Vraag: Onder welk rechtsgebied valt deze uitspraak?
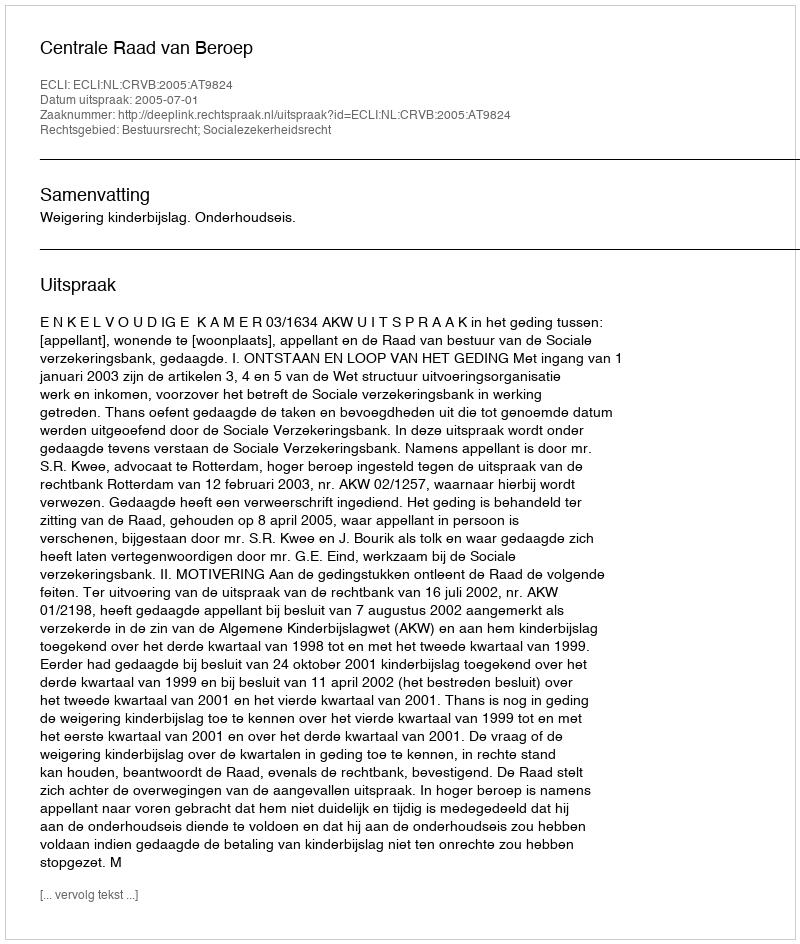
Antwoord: Bestuursrecht; Socialezekerheidsrecht